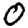
Digit: 0